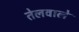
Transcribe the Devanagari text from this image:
तेलवाले